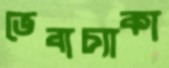
ভেবাচ্যাকা